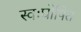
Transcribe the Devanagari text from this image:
स्वःघोषित